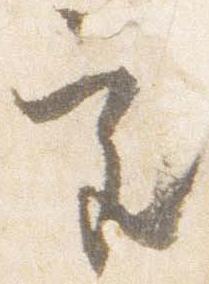
宮